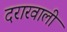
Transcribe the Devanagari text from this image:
दरारवाली